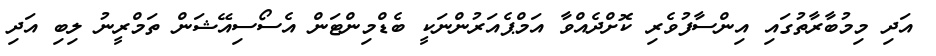
އަދި މިމުބާރާތުގައި އިންސާފުވެރި ކޮށްދެއްވާ އަމްޕެއަރުންނަކީ ބެޑްމިންޓަން އެސޯސިއޭޝަން ތަމްރީނު ލިބި އަދި